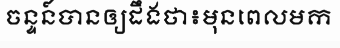
ចន្ទន៍បានឲ្យដឹងថា៖មុនពេលមក